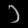
Digit: ၁